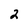
Character: 2